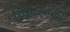
તિરાડવાળી